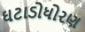
ઘટાડોધોરણ